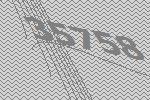
35758